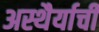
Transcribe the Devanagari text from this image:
अस्थैर्याची